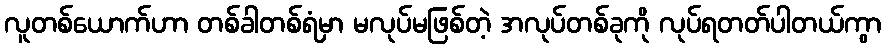
လူတစ်ယောက်ဟာ တစ်ခါတစ်ရံမှာ မလုပ်မဖြစ်တဲ့ အလုပ်တစ်ခုကို လုပ်ရတတ်ပါတယ်ကွာ